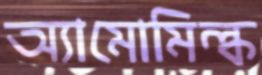
অ্যামোমিল্ক